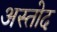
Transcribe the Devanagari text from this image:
अस्तोद